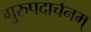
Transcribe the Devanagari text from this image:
गुरुपदार्चनम्